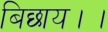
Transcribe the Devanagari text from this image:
बिछाय।।